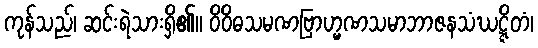
ကုန်သည်၊ ဆင်းရဲသားရှိ၏။ ဝိဝိဓသမဏဗြာဟ္မဏသမာဘာဇနသံဃဋ္ဋိတံ၊